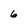
Character: 6